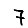
Digit: 7